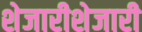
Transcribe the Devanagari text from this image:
शेजारीशेजारी